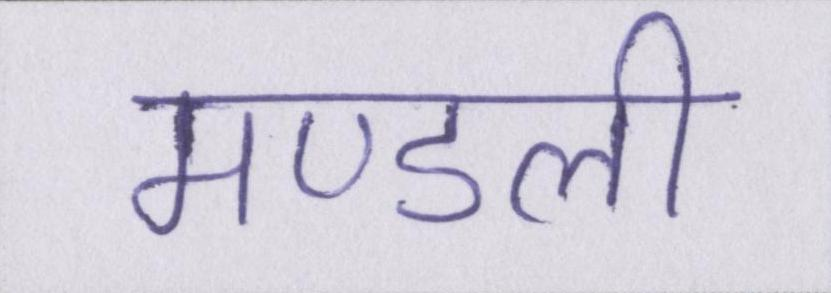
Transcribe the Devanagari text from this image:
मण्डली